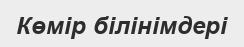
Көмір білінімдері